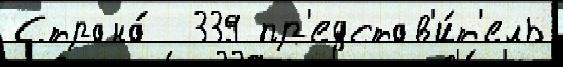
Страна́  339 пр'едстав'и́т'ель